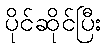
ပိုင်ဆိုင်ပြီး